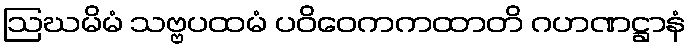
ဩဃမိမံ သဗ္ဗပထမံ ပဝိဝေကကထာတိ ဂဟဏဋ္ဌာနံ